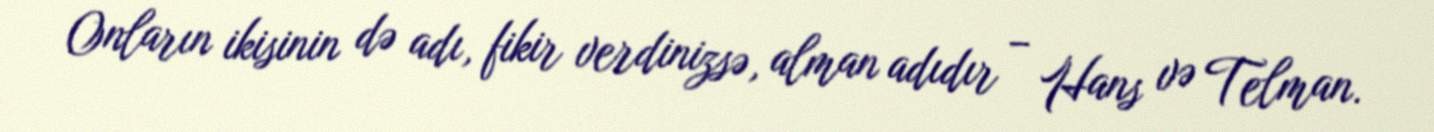
Onların ikisinin də adı, fikir verdinizsə, alman adıdır – Hans və Telman.